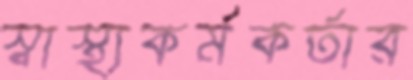
স্বাস্থ্যকর্মকর্তার